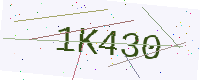
Text: 1K430